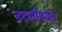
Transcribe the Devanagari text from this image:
इटलीपर्यंत